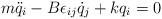
LaTeX: \begin{align*}m\ddot{q}_i -B\epsilon_{ij} \dot{q}_j + kq_i = 0\end{align*}